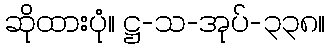
ဆိုထားပုံ။ ဋ္ဌ-သ-အုပ်-၃၃၈။